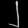
Digit: ၂